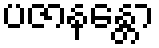
ပဇာနန္တော